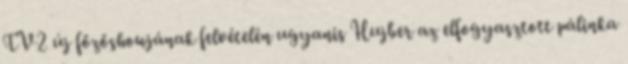
TV2 új főzőshowjának felvételén ugyanis Hujber az elfogyasztott pálinka